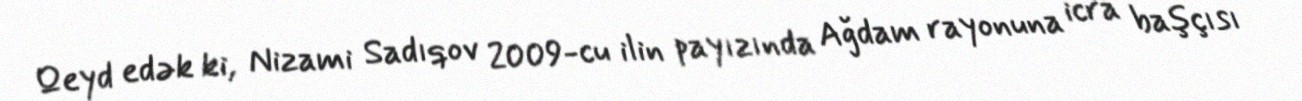
Qeyd edək ki, Nizami Sadıqov 2009-cu ilin payızında Ağdam rayonuna icra başçısı